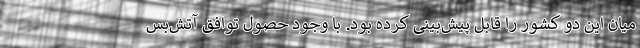
میان این دو کشور را قابل پیش‌بینی کرده بود. با وجود حصول توافق آتش‌بس